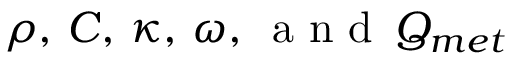
\rho , \, C , \, \kappa , \, \omega , \, \textrm { a n d } \, Q _ { m e t }